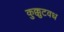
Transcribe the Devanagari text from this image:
कुक्कुटवध